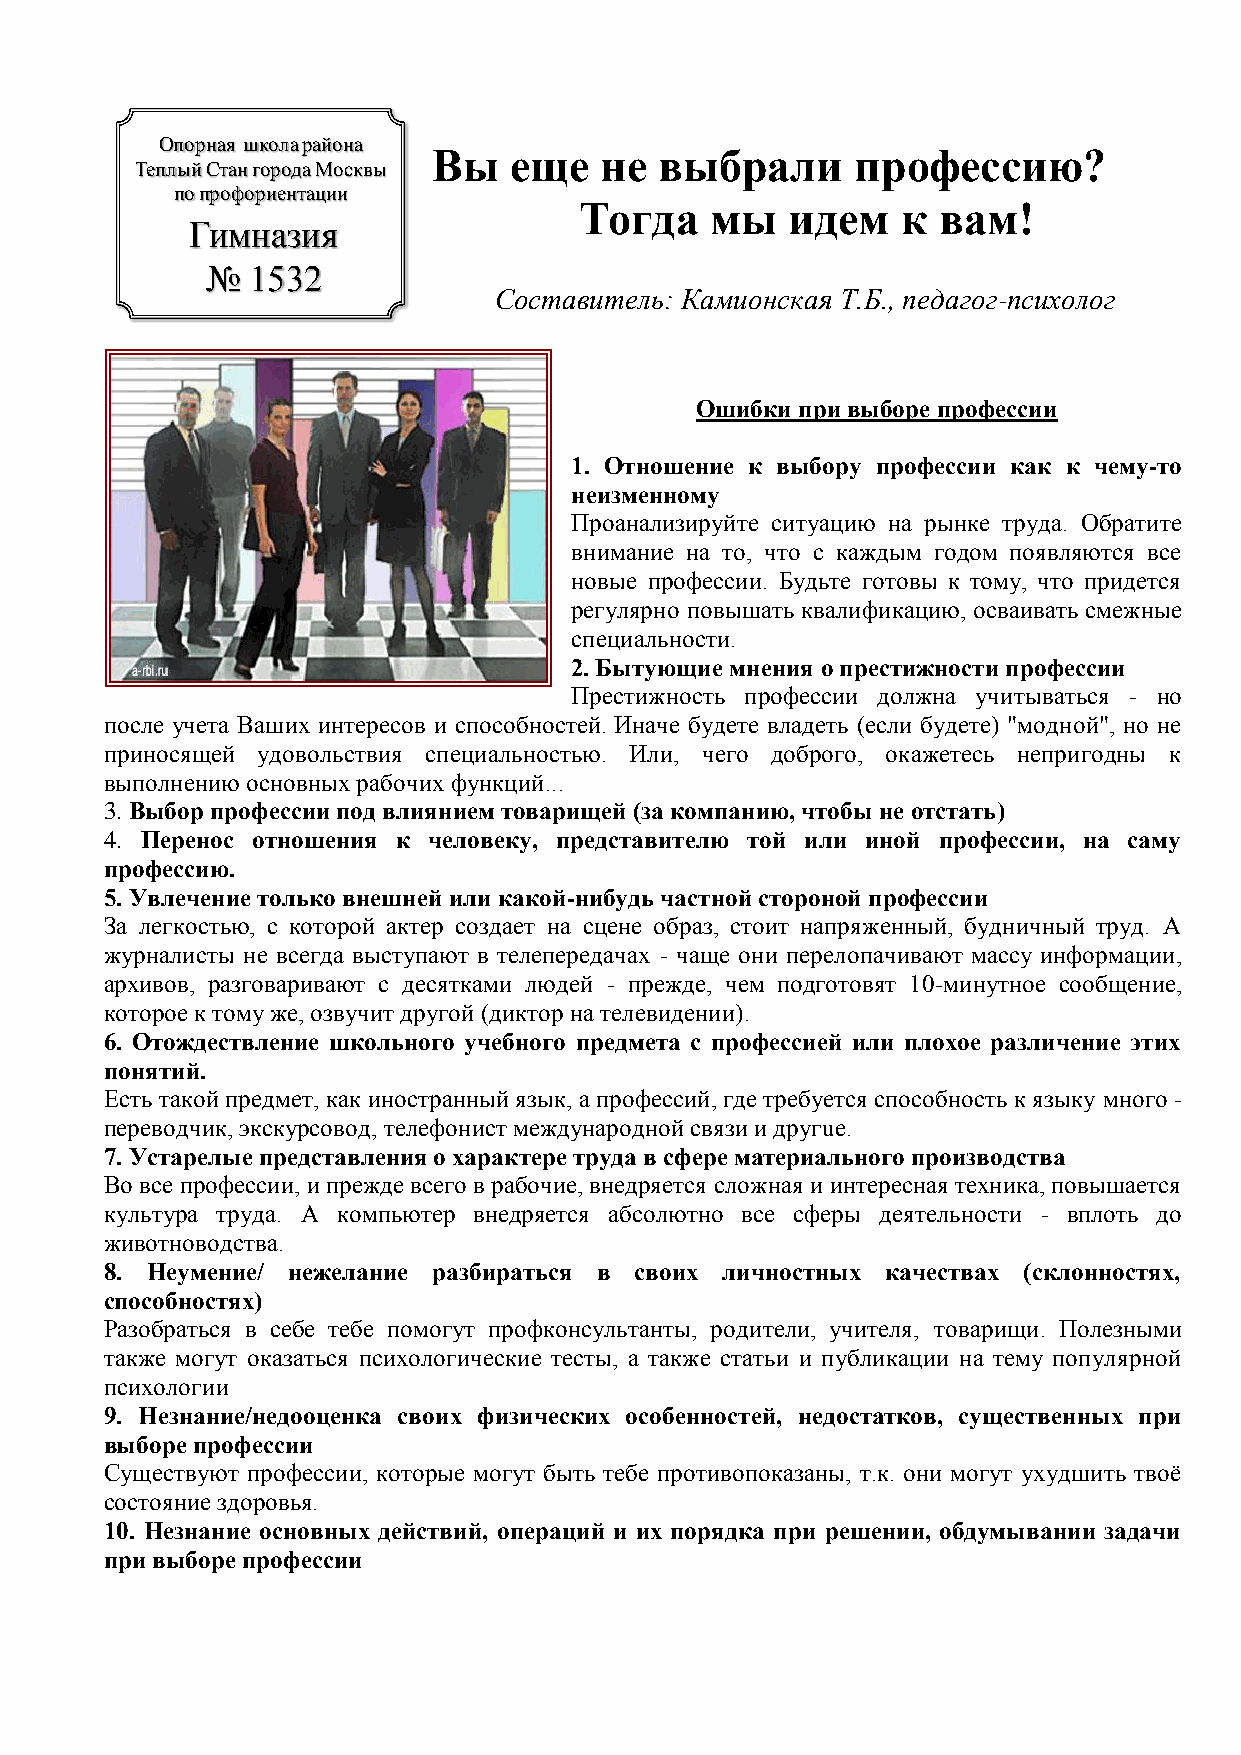
Опорная школа района
 Вы   еще   не  выбрали      профессию?
 Теплый Стан города Москвы
 по профориентации
 Тогда    мы   идем    к вам!
 Гимназия
 № 1532
 Составитель: Камионская Т.Б., педагог-психолог
 Ошибки при выборе профессии
 1. Отношение к выбору профессии как к чему-то
 неизменному
 Проанализируйте ситуацию на рынке труда. Обратите
 внимание на то, что с каждым годом появляются все
 новые профессии. Будьте готовы к тому, что придется
 регулярно повышать квалификацию, осваивать смежные
 специальности.
 2. Бытующие мнения о престижности профессии
 Престижность профессии должна учитываться - но
 после учета Ваших интересов и способностей. Иначе будете владеть (если будете) "модной", но не
 приносящей удовольствия специальностью. Или, чего доброго, окажетесь непригодны к
 выполнению основных рабочих функций...
 3. Выбор профессии под влиянием товарищей (за компанию, чтобы не отстать)
 4. Перенос отношения к человеку, представителю той или иной профессии, на саму
 профессию.
 5. Увлечение только внешней или какой-нибудь частной стороной профессии
 За легкостью, с которой актер создает на сцене образ, стоит напряженный, будничный труд. А
 журналисты не всегда выступают в телепередачах - чаще они перелопачивают массу информации,
 архивов, разговаривают с десятками людей - прежде, чем подготовят 10-минутное сообщение,
 которое к тому же, озвучит другой (диктор на телевидении).
 6. Отождествление школьного учебного предмета с профессией или плохое различение этих
 понятий.
 Есть такой предмет, как иностранный язык, а профессий, где требуется способность к языку много -
 переводчик, экскурсовод, телефонист международной связи и другuе.
 7. Устарелые представления о характере труда в сфере материального производства
 Во все профессии, и прежде всего в рабочие, внедряется сложная и интересная техника, повышается
 культура труда. А компьютер внедряется абсолютно все сферы деятельности - вплоть до
 животноводства.
 8. Неумение/ нежелание разбираться в своих личностных качествах (склонностях,
 способностях)
 Разобраться в себе тебе помогут профконсультанты, родители, учителя, товарищи. Полезными
 также могут оказаться психологические тесты, а также статьи и публикации на тему популярной
 психологии
 9. Незнание/недооценка своих физических особенностей, недостатков, существенных при
 выборе профессии
 Существуют профессии, которые могут быть тебе противопоказаны, т.к. они могут ухудшить твоѐ
 состояние здоровья.
 10. Незнание основных действий, операций и их порядка при решении, обдумывании задачи
 при выборе профессии